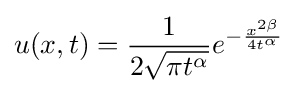
u(x,t)={\frac {1}{2{\sqrt {\pi t^{\alpha }}}}}e^{-{\frac {x^{2\beta }}{4t^{\alpha }}}}